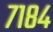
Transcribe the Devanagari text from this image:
७१८४